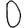
Digit: 0